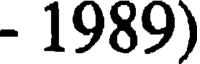
- 1989)